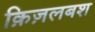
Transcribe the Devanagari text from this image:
क़िज़लबश